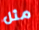
مثل